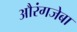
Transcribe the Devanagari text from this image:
औरंगजेबा